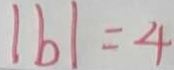
\vert b \vert = 4